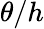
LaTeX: \theta/h